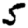
Digit: 5